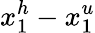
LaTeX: x_{1}^{h}-x_{1}^{u}